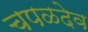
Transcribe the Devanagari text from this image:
चपळदेव